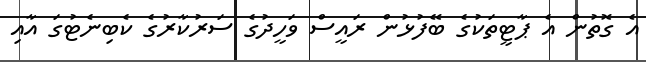
އެ ގޮތުން އެ ޕާޓީތަކުގެ ބޭފުޅުން ރައީސް ވަހީދުގެ ސަރުކާރުގެ ކެބިނެޓުގަ އާއި